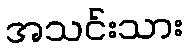
အသင်းသား